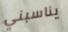
يناسبني